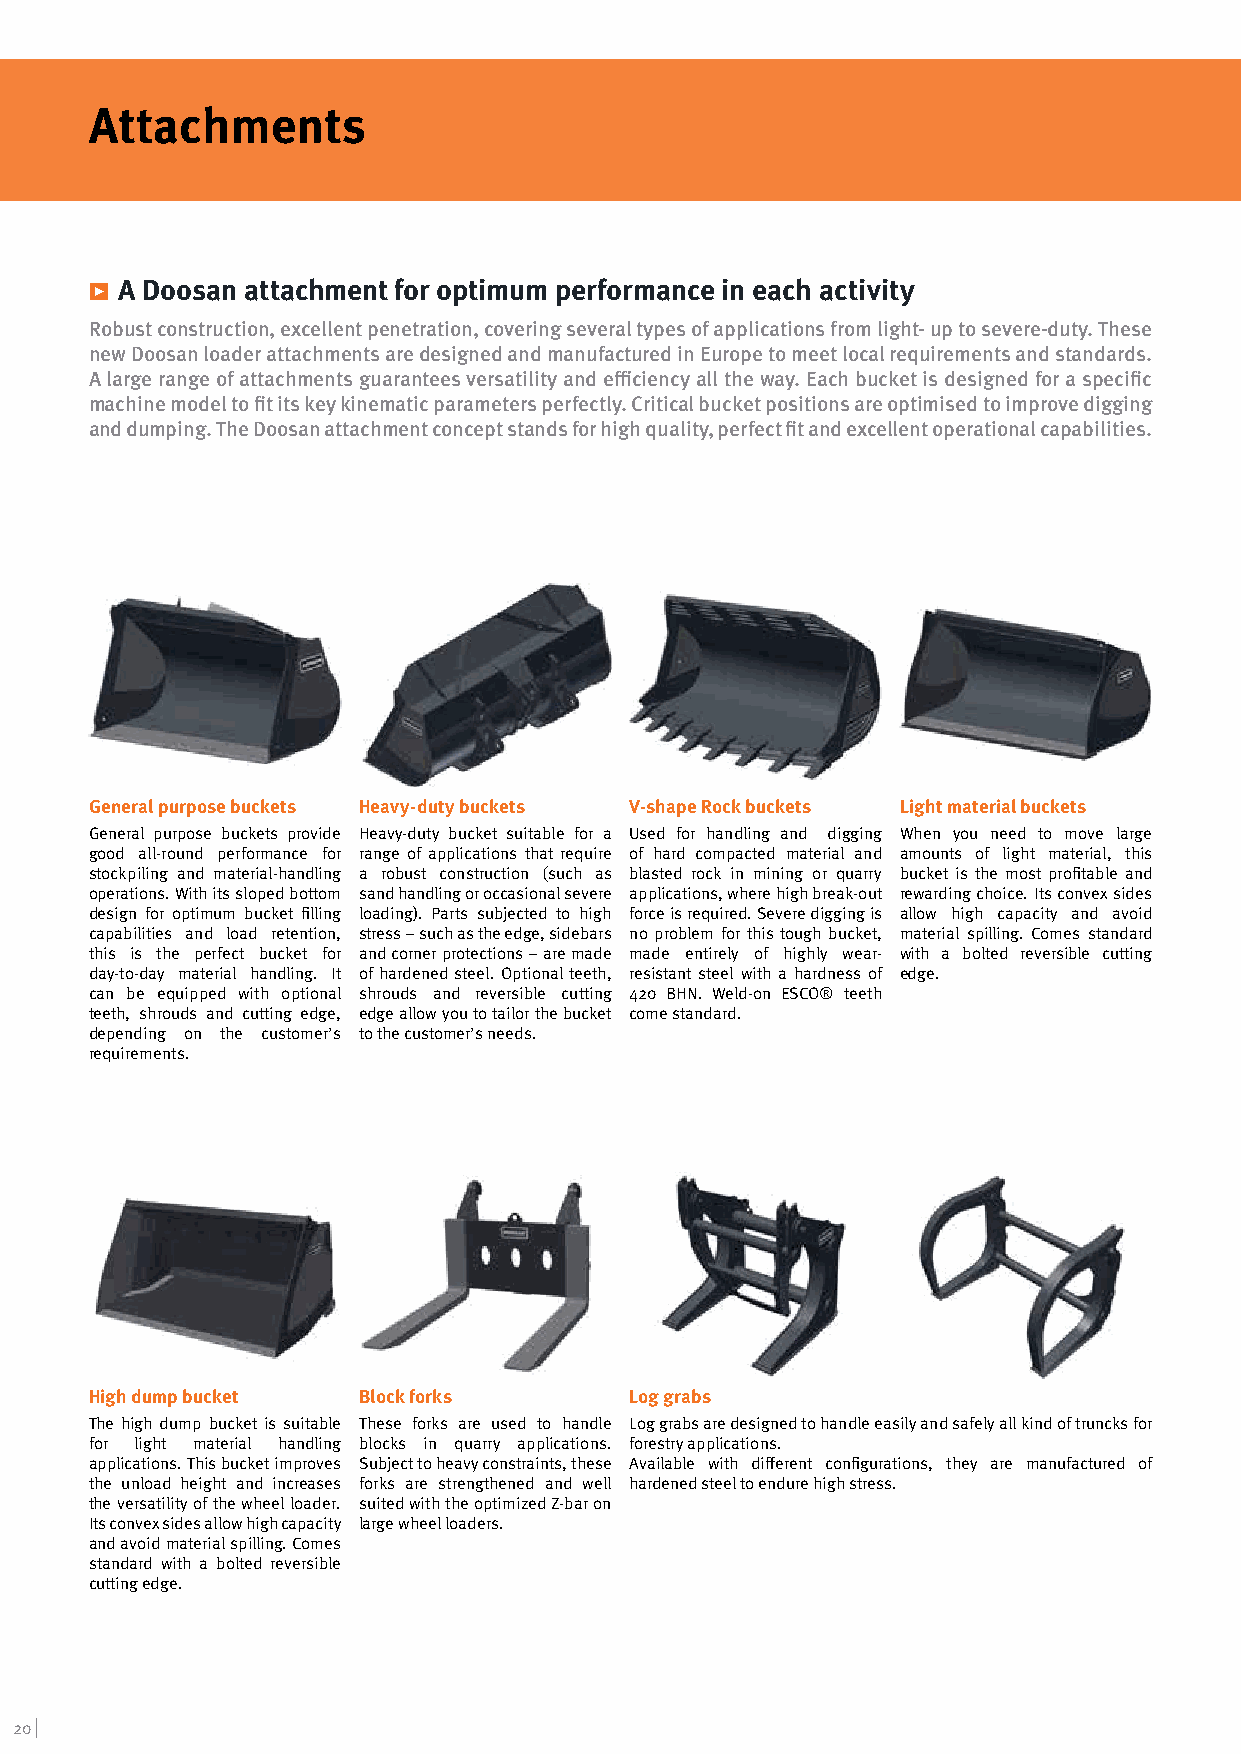
Attachments
 ѓ A Doosan attachment for optimum performance in each activity
 Robust construction, excellent penetration, covering several types of applications from light- up to severe-duty. These
 new Doosan loader attachments” aHrDe” dHeEAsiVgYn DeUdT aYn BdU mCKaEnTu factured in Europe to meet local requirements and standards.
 A large range of attachments guarantees ve rsatility and efficiency all the way. Each bucket is designed for a specific
 machine model to fit its key kinematic parameters perfectly. Critical bucket positions are optimised to improve digging
 and dumping. The Doosan attachment concept stands for high quality, perfect fit and excellent operational capabilities.
 ”GP” STANDA RD BUCKET
 ''V'' BLEDE ROCK BUCKET
 ”LM” LIGHT MATERIAL BUCKET
 General purpose buckets Heavy-duty buckets V-shape Rock b uckets Light material buckets
 General purpose buckets provide Heavy-duty bucket suitable for a Used for handling and digging When you need to move large
 good all-round performance for range of applications that require of hard compacted material and amounts of light material, this
 stockpiling and material-handling a robust construction (such as blasted rock in mining or quarry bucket is the most profitable and
 operations. With its sloped bottom sand handling or occasional severe applications, where high break-out rewarding choice. Its convex sides
 design for optimum bucket filling loading). Parts subjected to high force is required. Severe digging is allow high capacity and avoid
 capabilities and load retention, stress – such as the edge, sidebars no problem for this tough bucket, material spilling. Comes standard
 this is the perfect bucket for and corner protections – are made made entirely of highly wear- with a bolted reversible cutting
 day-to-day material handling. It of hardened steel. Optional teeth, resistant steel with a hardness of edge.
 can be equipped with optional shrouds and reversible cutting 420 BHN. Weld-on ESCO® teeth
 teeth, shrouds and cutting edge, edge allow you to tailor the bucket come standard.
 depending on the customer’s to the customer’s needs.
 requirements.
 BLOCK FORKS
 HIGHT DUMP BUCKET ''2 cylinder''
 High dump bucket  Block forks       Log grabs
 The high dump bucket is suitable These forks are used to handle Log grabs are designed to handle easily and safely all kind of truncks for
 for light material handling blocks in quarry applications. forestry applications.
 applications. This bucket improves Subject to heavy constraints, these Available with different configurations, they are manufactured of
 the unload height and increases forks are strengthened and well hardened steel to endure high stress.
 the versatility of the wheel loader. suited with the optimized Z-bar on
 Its convex sides allow high capacity large wheel loaders.
 and avoid material spilling. Comes
 standard with a bolted reversible
 cutting edge.
 20 |